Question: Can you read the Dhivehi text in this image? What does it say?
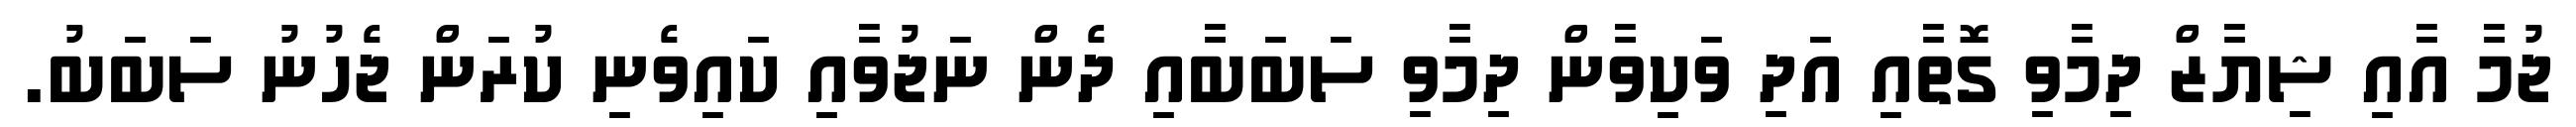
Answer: ޖުމާ އާއި ޝިޔާޒް ދިމާވި ގޮތާއި އަދި ވަކިވާން ދިމާވި ސަބަބާއި ދެން ނަޖުވާއި ކައިވެނި ކުރަން ޖެހުނު ސަބަބު.